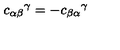
{ c _ { \alpha \beta } } ^ { \gamma } = - { c _ { \beta \alpha } } ^ { \gamma }